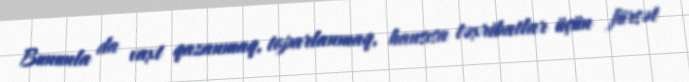
Bununla da vaxt qazanmaq, toparlanmaq, hansısa təxribatlar üçün fürsət